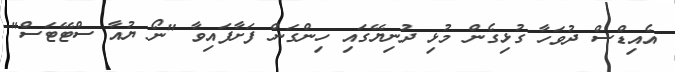
އެއިޑްސް ދުވަހާ ގުޅިގެން މުޅި ދުނިޔޭގައި ހިންގަން ފަށާފައިވާ "ނޯ ޔުއާ ސްޓޭޓަސް"